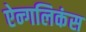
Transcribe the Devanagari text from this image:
ऐन्गलिकंस